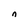
Character: n